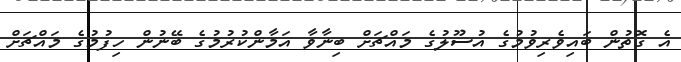
އެ ގޮތުން ބައިވެރިވުމުގެ އުސޫލުގެ މައްޗަށް ބިނާވާ އަމާންކުރުމުގެ ބޭނުން ހިފުމުގެ މައްޗަށް